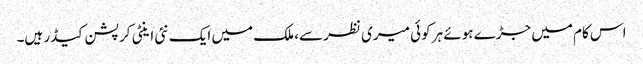
اس کام میں جڑے ہوئے ہر کوئی میری نظر سے، ملک میں ایک نئی اینٹی کرپشن کیڈر ہیں۔